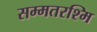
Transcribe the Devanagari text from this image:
सम्मतरश्मि